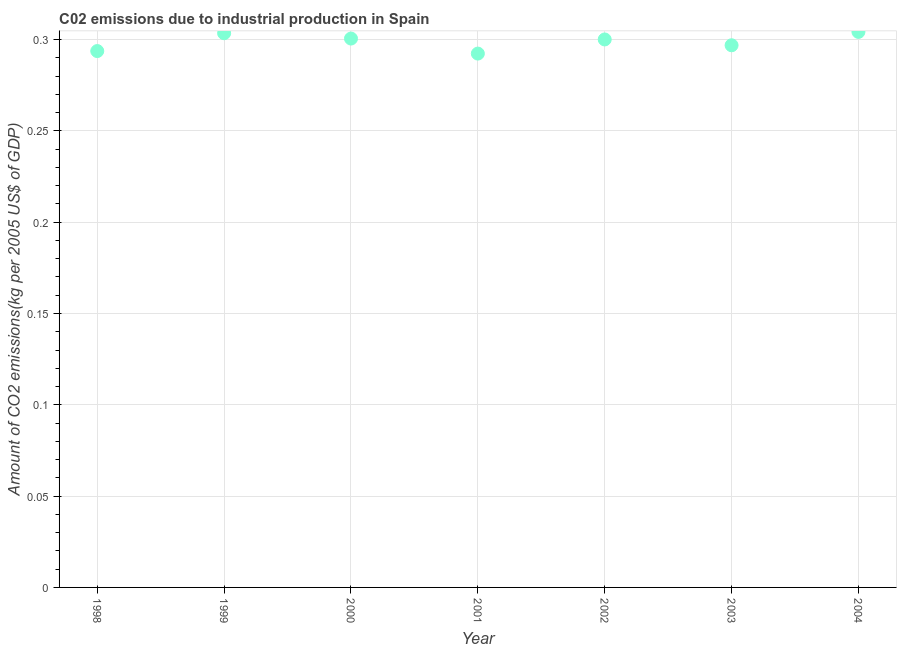
| Year | CO2 emissions  |
 | --- | --- |
 | 1998 | 0.294 |
 | 1999 | 0.303 |
 | 2000 | 0.301 |
 | 2001 | 0.292 |
 | 2002 | 0.3 |
 | 2003 | 0.297 |
 | 2004 | 0.304 |